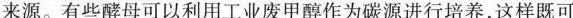
来源。有些酵母可以利用工业废甲醇作为碳源进行培养，这样既可